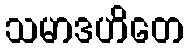
သမာဒဟိတေ